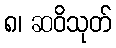
၈၊ ဆဝိသုတ်